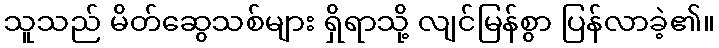
သူသည် မိတ်ဆွေသစ်များ ရှိရာသို့ လျင်မြန်စွာ ပြန်လာခဲ့၏။